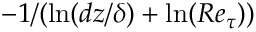
- 1 / ( \ln ( d z / \delta ) + \ln ( R e _ { \tau } ) )